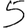
Digit: 5